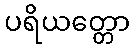
ပရိယတ္တော